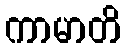
ကာမာတိ